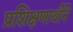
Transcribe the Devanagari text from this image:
प्रशिक्षणार्थीने